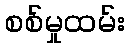
စစ်မှုထမ်း